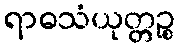
ရာဓသံယုတ္တဉ္စ